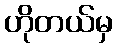
ဟိုတယ်မှ